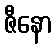
ဇီနော